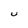
Character: U